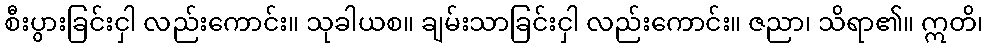
စီးပွားခြင်းငှါ လည်းကောင်း။ သုခါယစ။ ချမ်းသာခြင်းငှါ လည်းကောင်း။ ဇညာ၊ သိရာ၏။ ဣတိ၊